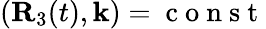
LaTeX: ({\mathbf R}_{3}(t),{\mathbf k})=\mathrm{~c~o~n~s~t~}